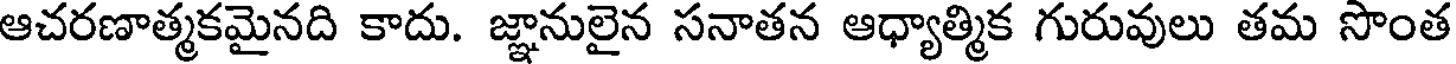
ఆచరణాత్మకమైనది కాదు. జ్ఞానులైన సనాతన ఆధ్యాత్మిక గురువులు తమ సొంత